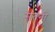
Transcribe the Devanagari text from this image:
सतनी